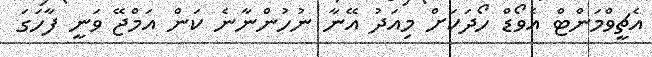
އެޗީވްމަންޓް އެވޯޑް ހޯދަކަށް މިއަދު އޭނާ ނުހުންނާނެ ކަން އަމްޖޭ ވަނީ ފާހަގަ